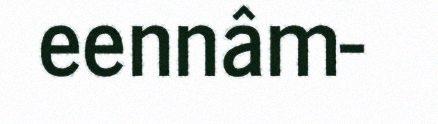
eennâm-